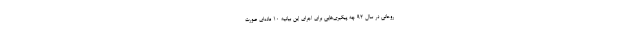
روحاني در سال 92 چه پيگيري‌هايي براي اجراي اين بيانيه 10 ماده‌اي صورت